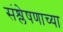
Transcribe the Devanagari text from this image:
संश्लेषणाच्या